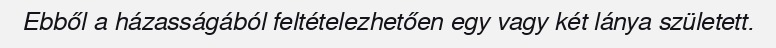
Ebből a házasságából feltételezhetően egy vagy két lánya született.